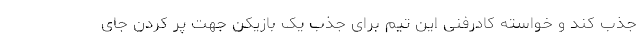
جذب کند و خواسته کادرفنی این تیم برای جذب یک بازیکن جهت پُر کردن جای